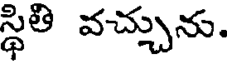
స్థితి వచ్చును.